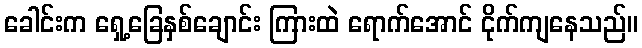
ခေါင်းက ရှေ့ခြေနှစ်ချောင်း ကြားထဲ ရောက်အောင် ငိုက်ကျနေသည်။